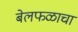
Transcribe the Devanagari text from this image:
बेलफळाचा